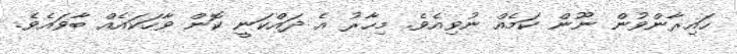
ހައިރާންވުން ނޫން ކަމެއް ނުވިއެވެ. މިހާރު އެ ދައްކަނީ ކޮން ވާހަކައެއް ބާވައެވެ.